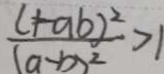
\frac { ( + a b ) ^ { 2 } } { ( a - b ) ^ { 2 } } > 1